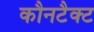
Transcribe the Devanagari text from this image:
कौनटैक्ट